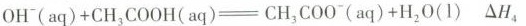
$$O H ^ { - } ( a q ) + C H _ { 3 } C O O H ( a q ) ─ C H _ { 3 } C O O ( a q ) + H _ { 2 } O ( l )$$ △H_{4}